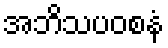
အဘိသပဝစနံ